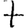
Digit: 7